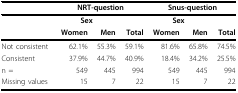
|  | <COLSPAN=3> NRT-question | <COLSPAN=3> Snus-question |
 | --- | --- | --- | --- | --- | --- | --- |
 |  | <COLSPAN=2> Sex |  | <COLSPAN=2> Sex |  |
 |  | Women | Men | Total | Women | Men | Total |
 | Not consistent | 62.1% | 55.3% | 59.1% | 81.6% | 65.8% | 74.5% |
 | Consistent | 37.9% | 44.7% | 40.9% | 18.4% | 34.2% | 25.5% |
 | n = | 549 | 445 | 994 | 549 | 445 | 994 |
 | Missing values | 15 | 7 | 22 | 15 | 7 | 22 |